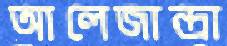
আলেজান্দ্রা